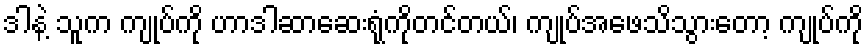
ဒါနဲ့ သူက ကျုပ်ကို ဟာဒါဆာဆေးရုံကိုတင်တယ်၊ ကျုပ်အဖေသိသွားတော့ ကျုပ်ကို